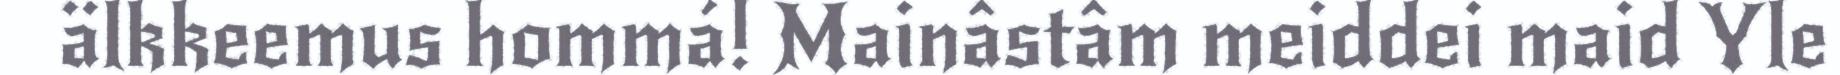
älkkeemus hommá! Mainâstâm meiddei maid Yle